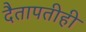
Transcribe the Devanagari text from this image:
दैतापतीही